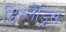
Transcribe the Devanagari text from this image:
डिस्लैंड्रिस